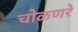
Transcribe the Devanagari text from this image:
चोळणरे